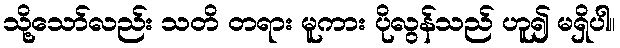
သို့သော်လည်း သတိ တရား မူကား ပိုလွန်သည် ဟူ၍ မရှိပါ။